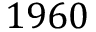
1 9 6 0